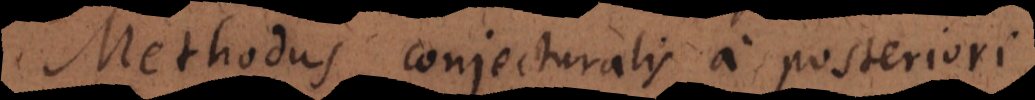
Methodus conjecturalis a posteriori